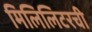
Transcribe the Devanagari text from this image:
मिलिलिटरची